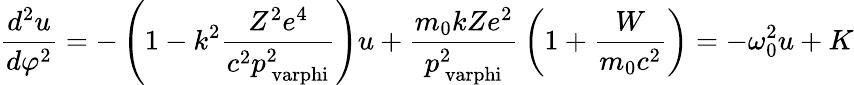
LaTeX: {\frac{d^{2}u}{d\varphi^{2}}}=-\left(1-k^{2}{\frac{Z^{2}e^{4}}{c^{2}p_{\mathrm{\ varphi}}^{2}}}\right)u+{\frac{m_{\mathrm{0}}kZe^{2}}{p_{\mathrm{\ varphi}}^{2}}}\left(1+{\frac{W}{m_{\mathrm{0}}c^{2}}}\right)=-\omega_{\mathrm{0}}^{2}u+K